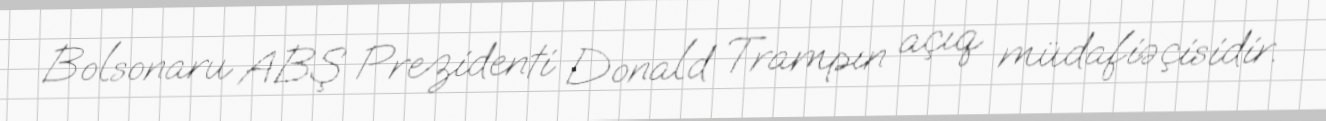
Bolsonaru ABŞ Prezidenti Donald Trampın açıq müdafiəçisidir.